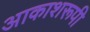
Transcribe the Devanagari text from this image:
आकाशरूपी